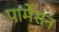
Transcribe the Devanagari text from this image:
पार्मेसन